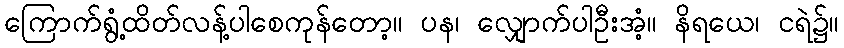
ကြောက်ရွံ့ထိတ်လန့်ပါစေကုန်တော့။ ပန၊ လျှောက်ပါဦးအံ့။ နိရယေ၊ ငရဲ၌။